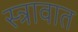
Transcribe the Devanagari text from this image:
स्त्रावात